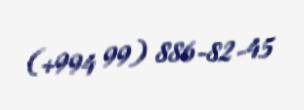
(+994 99) 886-82-45